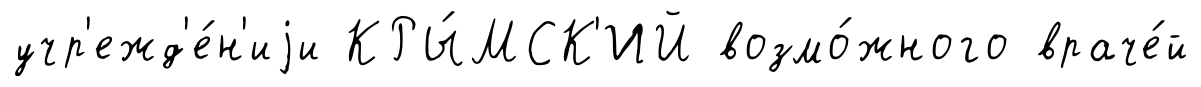
учр'ежд'е́н'иjи КРЫ́МСК'ИЙ возмо́жного враче́й